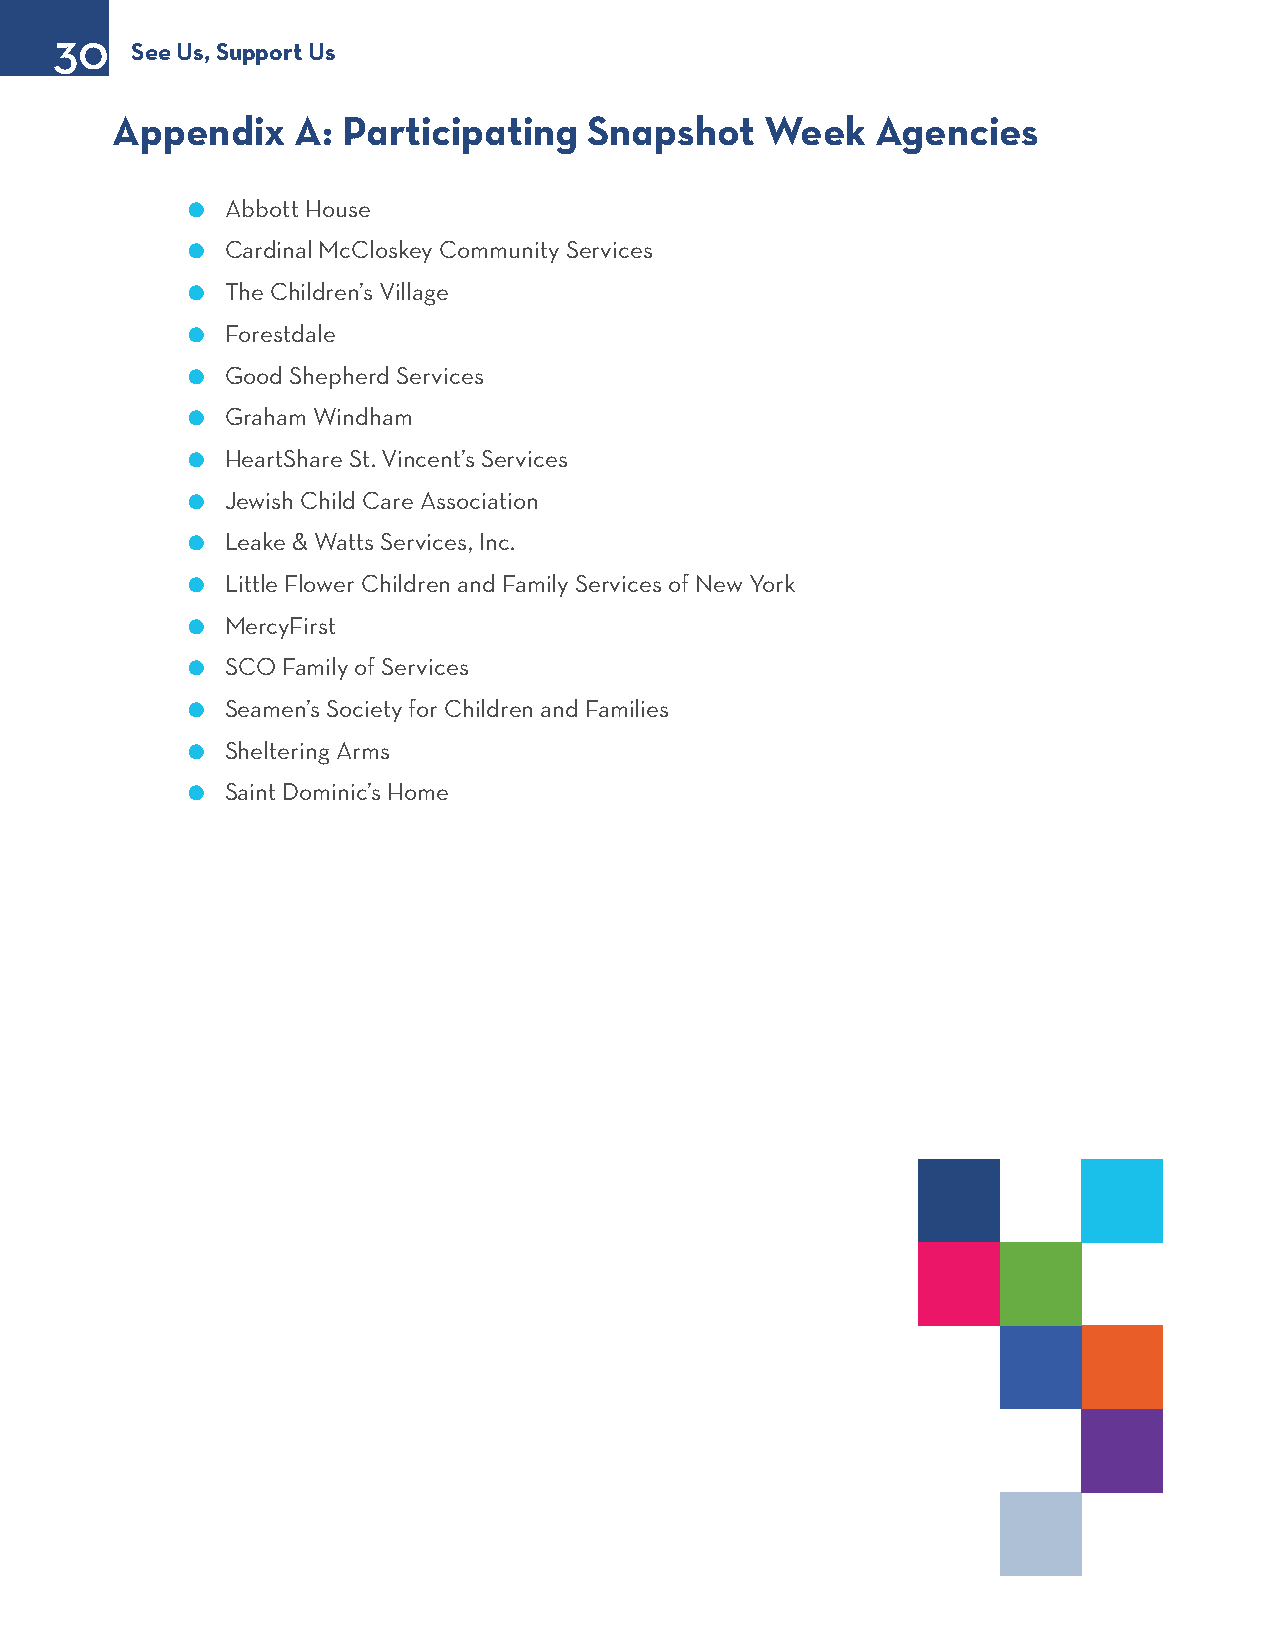
30
 See Us, Support Us
 Appendix    A:  Participating   Snapshot    Week   Agencies
 l  Abbott House
 l  Cardinal McCloskey Community Services
 l  The Children’s Village
 l  Forestdale
 l  Good Shepherd Services
 l  Graham Windham
 l  HeartShare St. Vincent’s Services
 l  Jewish Child Care Association
 l  Leake & Watts Services, Inc.
 l  Little Flower Children and Family Services of New York
 l  MercyFirst
 l  SCO Family of Services
 l  Seamen’s Society for Children and Families
 l  Sheltering Arms
 l  Saint Dominic’s Home